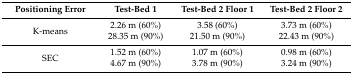
| Positioning Error | Test-Bed 1 | Test-Bed 2 Floor 1 | Test-Bed 2 Floor 2 |
 | --- | --- | --- | --- |
 | <ROWSPAN=2> K-means | 2.26 m (60%) | 3.58 (60%) | 3.73 m (60%) |
 | 28.35 m (90%) | 21.50 m (90%) | 22.43 m (90%) |
 | <ROWSPAN=2> SEC | 1.52 m (60%) | 1.07 m (60%) | 0.98 m (60%) |
 | 4.67 m (90%) | 3.78 m (90%) | 3.24 m (90%) |